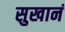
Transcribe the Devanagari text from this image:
सुखानं